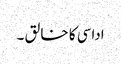
اداسی کا خا لق ۔